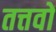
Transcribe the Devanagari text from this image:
तत्तवों